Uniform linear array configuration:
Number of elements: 12
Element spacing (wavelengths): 0.5
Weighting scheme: cosine
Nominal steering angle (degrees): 60
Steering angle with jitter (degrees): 61.335
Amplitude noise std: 0.05
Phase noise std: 0.05

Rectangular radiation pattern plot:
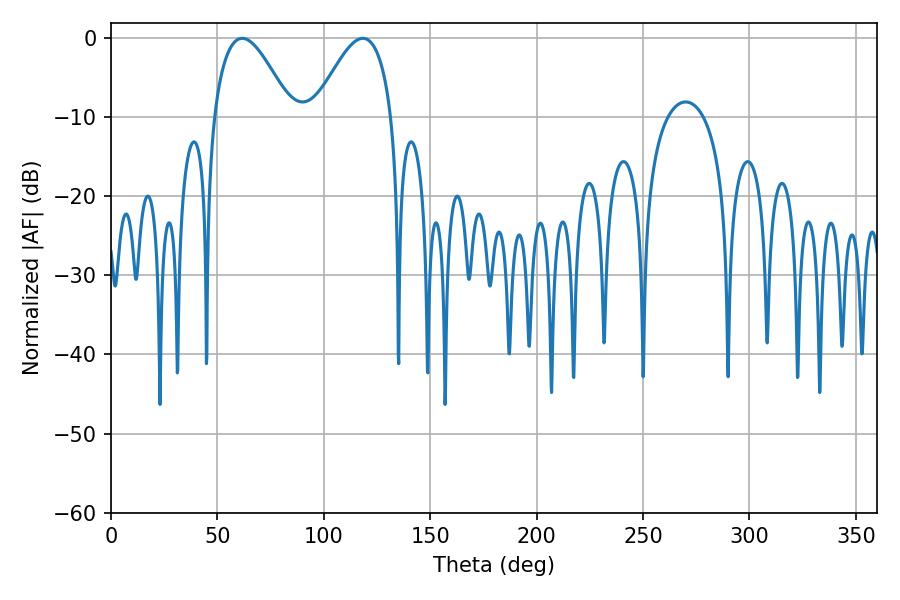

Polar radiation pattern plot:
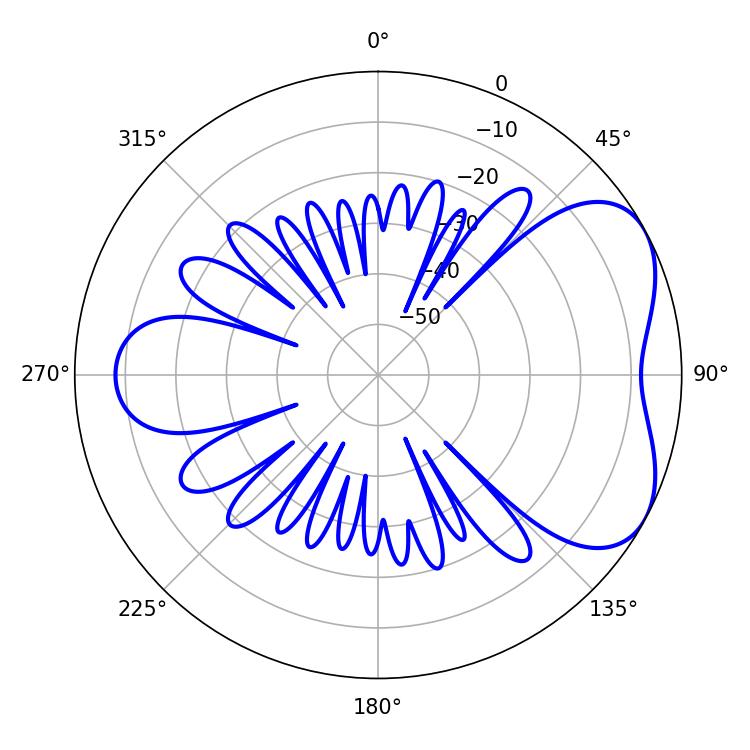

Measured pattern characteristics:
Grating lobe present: FALSE
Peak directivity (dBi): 5.034
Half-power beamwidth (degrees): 19.8
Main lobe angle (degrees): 61.56